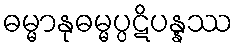
ဓမ္မာနုဓမ္မပ္ပဋိပန္နဿ